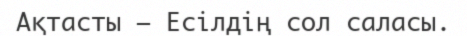
Ақтасты – Есілдің сол саласы.